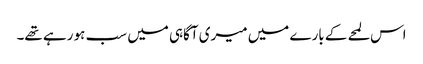
اس لمحے کے بارے میں میری آگاہی میں سب ہو رہے تھے۔